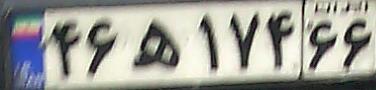
۴۶ه۱۷۴۶۶